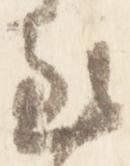
至